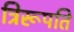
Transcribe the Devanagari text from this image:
त्रिरूपति